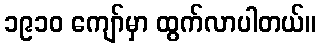
၁၉၁၀ ကျော်မှာ ထွက်လာပါတယ်။